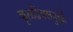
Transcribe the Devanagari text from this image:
कृतदिवसमुखैः